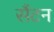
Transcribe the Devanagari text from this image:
सैंटन